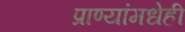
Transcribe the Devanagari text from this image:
प्राण्यांमधेही